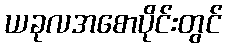
ယခုလအစောပိုင်းတွင်